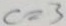
c = 3